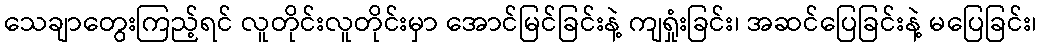
သေချာတွေးကြည့်ရင် လူတိုင်းလူတိုင်းမှာ အောင်မြင်ခြင်းနဲ့ ကျရှုံးခြင်း၊ အဆင်ပြေခြင်းနဲ့ မပြေခြင်း၊